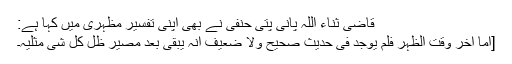
قاضی ثناء اللہ پانی پتی حنفی نے بھی اپنی تفسیر مظہری میں کہا ہے:
[أمَّا آخِرُ وَقْتِ الظُّہْرِ فَلَمْ یُوْجَدْ فِیْ حَدِیْثٍ صَحِیْحٍ وَلاَ ضَعِیْفٍ أَنَّہُ یَبْقٰی بَعْدَ مَصِیْرِ ظِلِّ کُلِّ شَیٍٔ مِثْلَیْہٖ۔